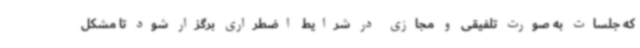
که جلسات به صورت تلفیقی و مجازی در شرایط اضطراری برگزار شود تا مشکل